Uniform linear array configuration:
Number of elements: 4
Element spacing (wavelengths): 0.25
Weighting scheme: uniform
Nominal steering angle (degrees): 0
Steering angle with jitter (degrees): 0.965
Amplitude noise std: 0.05
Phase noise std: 0.05

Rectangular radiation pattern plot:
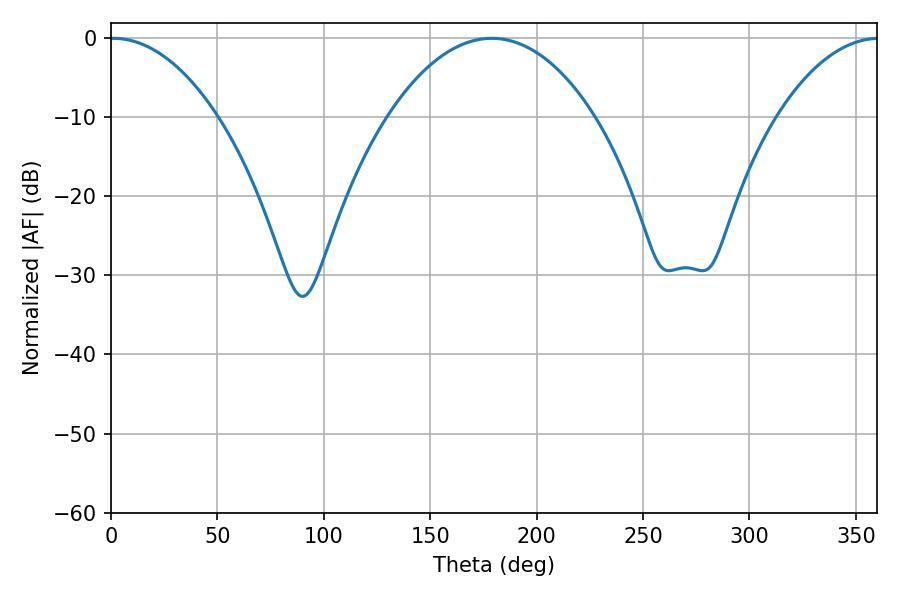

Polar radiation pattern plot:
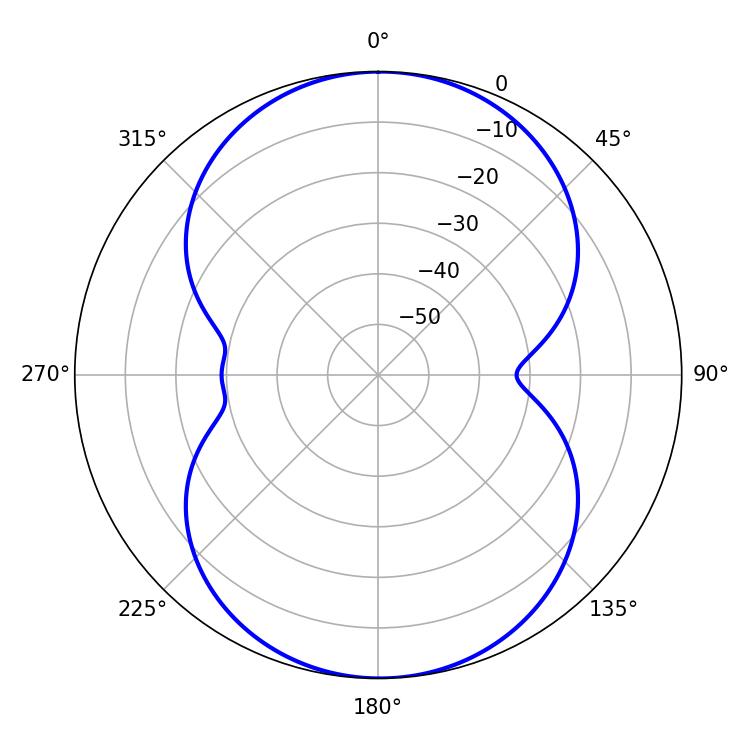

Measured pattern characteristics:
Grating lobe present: FALSE
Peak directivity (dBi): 16.764
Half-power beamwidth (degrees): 28.26
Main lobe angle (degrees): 1.08